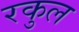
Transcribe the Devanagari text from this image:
रकुल